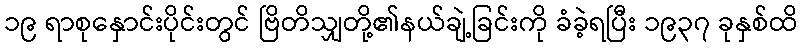
၁၉ ရာစုနှောင်းပိုင်းတွင် ဗြိတိသျှတို့၏နယ်ချဲ့ခြင်းကို ခံခဲ့ရပြီး ၁၉၃၇ ခုနှစ်ထိ